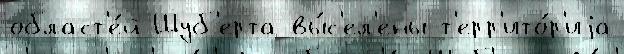
област'е́й Шуб'ерта вы́с'ел'ены т'ерр'ито́р'иjа